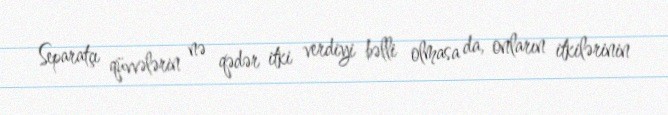
Separatçı qüvvələrin nə qədər itki verdiyi bəlli olmasa da, onların itkilərinin